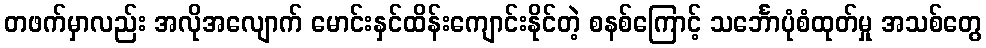
တဖက်မှာလည်း အလိုအလျောက် မောင်းနှင်ထိန်းကျောင်းနိုင်တဲ့ စနစ်ကြောင့် သင်္ဘောပုံစံထုတ်မှု အသစ်တွေ